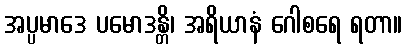
အပ္ပမာဒေ ပမောဒန္တိ၊ အရိယာနံ ဂေါစရေ ရတာ။